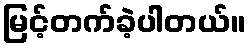
မြင့်တက်ခဲ့ပါတယ်။